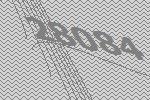
28084